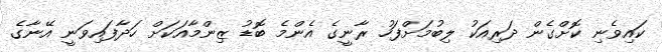
ކައިވެނި ކޮށްގެން ދަރިއަކު ލިބުމަށްފަހު ރާނީގެ އެންމެ ބޮޑު ޒިންމާއަކަށް ހަދާފައިވަނީ އޭނާގެ